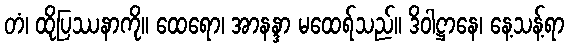
တံ၊ ထိုပြဿနာကို။ ထေရော၊ အာနန္ဒာ မထေရ်သည်။ ဒိဝါဋ္ဌာနေ၊ နေ့သန့်ရာ